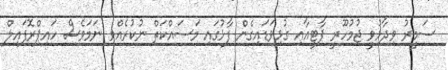
ސަމީރު ވިދާޅުވީ ޖުމުހޫރީ ޕާޓީއާއި ގުޅިވަޑައިގެން ފާޅުގައި މަސައްކަތް ނުކުރެއްވި ނަމަވެސް ހައިޕްރޮފައިލް